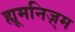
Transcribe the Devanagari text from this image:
ह्यूमनिज़्म